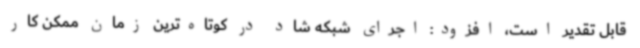
قابل تقدیر است، افزود: اجرای شبکه شاد در کوتاه‌ترین زمان ممکن کار